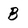
Character: B